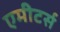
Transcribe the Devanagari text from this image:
एमीटर्स